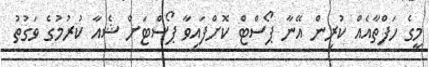
މީގެ ހަފްތާއެއް ކުރިން އޭނާ ޕޯސްޓް ކޮށްފައިވާ ޕޯސްޓަށް ޝެއާ ކުރުމުގެ ވަގުތު